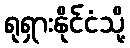
ရုရှားနိုင်ငံသို့